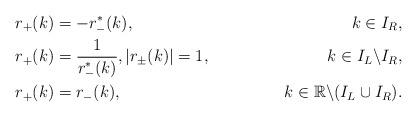
LaTeX: \begin{align*} &r_{+}(k)=-r^*_{-}(k), &k\in I_{R},\\ &r_{+}(k)=\frac{1}{r_{-}^{*}(k)}, \vert r_{\pm}(k) \vert=1, &k\in I_{L}\backslash I_{R}, \\ &r_{+}(k)=r_{-}(k), &k\in \mathbb{R}\backslash(I_L\cup I_R). \end{align*}